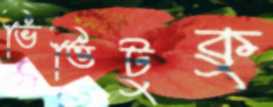
ভিত্তিটুকু